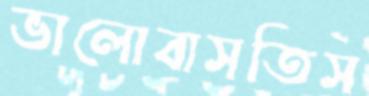
ভালোবাসতিস